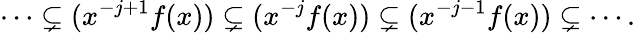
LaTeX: \cdots\subsetneq(x^{-j+1}f(x))\subsetneq(x^{-j}f(x))\subsetneq(x^{-j-1}f(x))\subsetneq\cdots.